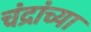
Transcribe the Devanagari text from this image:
चंद्रांच्या